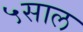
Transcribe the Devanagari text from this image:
५साल